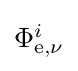
{\textstyle \Phi _{\mathrm {e} ,\nu }^{i}}